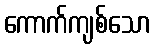
ကောက်ကျစ်သော